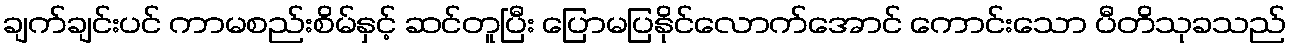
ချက်ချင်းပင် ကာမစည်းစိမ်နှင့် ဆင်တူပြီး ပြောမပြနိုင်လောက်အောင် ကောင်းသော ပီတိသုခသည်